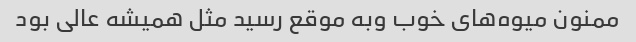
ممنون میوه‌های خوب وبه موقع رسید مثل همیشه عالی بود